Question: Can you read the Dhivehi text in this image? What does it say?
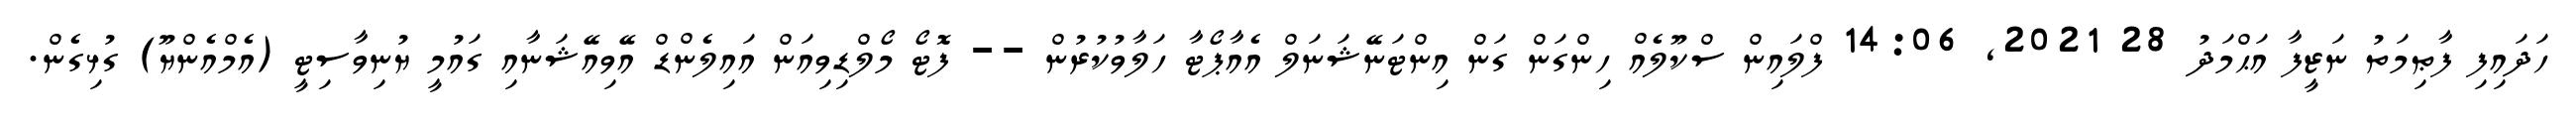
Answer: ހަދައިފި ފާޠިމަތު ނަޒީފާ އަޙްމަދު 28 2021, 14:06 ފްލައިން ސްކޫލެއް ހިންގަން ގަން އިންޓަނޭޝަނަލް އެއާޕޯޓާ ހަލާވުކުރުން -- ފޮޓޯ މޯލްޑިވިއަން އައިލެންޑް އޭވިއޭޝަނާއި ގައުމީ ޔުނިވާސިޓީ (އެމްއެންޔޫ) ގުޅިގެން.